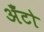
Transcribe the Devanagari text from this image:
अँटो